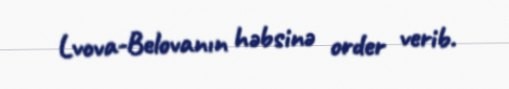
Lvova-Belovanın həbsinə order verib.